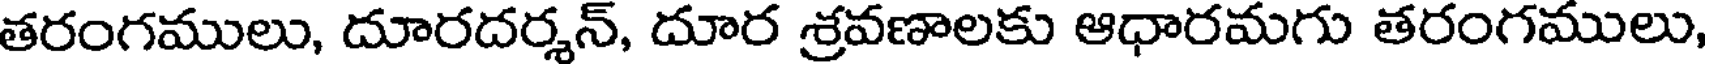
తరంగములు, దూరదర్శన్, దూర శ్రవణాలకు ఆధారమగు తరంగములు,